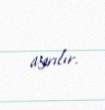
ayrılır.